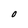
Character: O